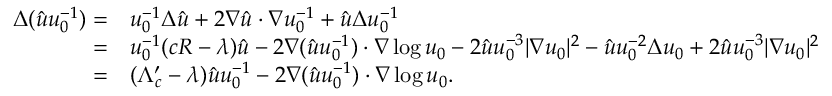
\begin{array} { r l } { \Delta ( \hat { u } u _ { 0 } ^ { - 1 } ) = } & { u _ { 0 } ^ { - 1 } \Delta \hat { u } + 2 \nabla \hat { u } \cdot \nabla u _ { 0 } ^ { - 1 } + \hat { u } \Delta u _ { 0 } ^ { - 1 } } \\ { = } & { u _ { 0 } ^ { - 1 } ( c R - \lambda ) \hat { u } - 2 \nabla ( \hat { u } u _ { 0 } ^ { - 1 } ) \cdot \nabla \log u _ { 0 } - 2 \hat { u } u _ { 0 } ^ { - 3 } | \nabla u _ { 0 } | ^ { 2 } - \hat { u } u _ { 0 } ^ { - 2 } \Delta u _ { 0 } + 2 \hat { u } u _ { 0 } ^ { - 3 } | \nabla u _ { 0 } | ^ { 2 } } \\ { = } & { ( \Lambda _ { c } ^ { \prime } - \lambda ) \hat { u } u _ { 0 } ^ { - 1 } - 2 \nabla ( \hat { u } u _ { 0 } ^ { - 1 } ) \cdot \nabla \log u _ { 0 } . } \end{array}